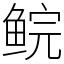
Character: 鲩